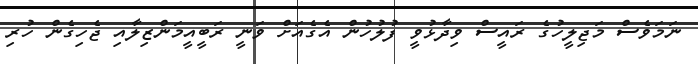
ނަމަވެސް މަޖިލީހުގެ ރައީސް ވިދާޅުވީ ފުލުހުން އެގެއަށް ވަނީ ރަބީއީމަންޒިލާއި ޖެހިގެން ހުރި